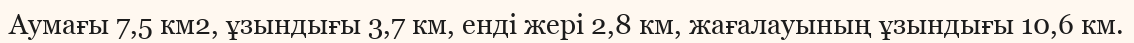
Аумағы 7,5 км2, ұзындығы 3,7 км, енді жері 2,8 км, жағалауының ұзындығы 10,6 км.